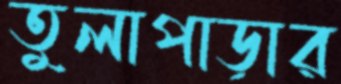
তুলাপাড়ার